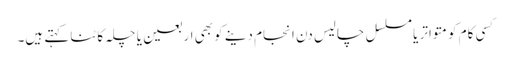
کسی کام کو متواتر یا مسلسل چالیس دن انجام دینے کو بھی اربعین یا چلہ کاٹنا کہتے ہیں۔